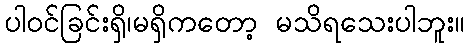
ပါဝင်ခြင်းရှိ၊မရှိကတော့ မသိရသေးပါဘူး။